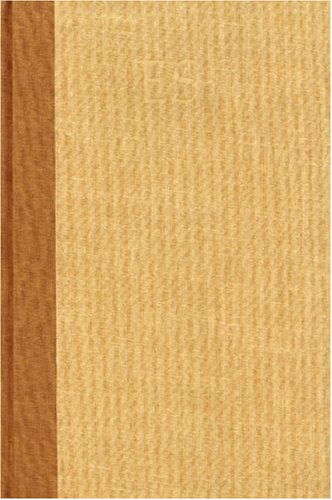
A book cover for Thirsting for Peace in a Raging Century: Selected Poems 1961-1985 (Coffee House Press Selected Works Series); Edward Sanders; Romance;